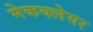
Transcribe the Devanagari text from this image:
मेकक्लेयर